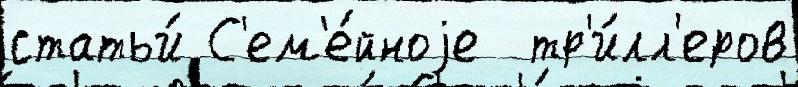
статьи́ С'ем'е́йноjе  тр'и́лл'еров